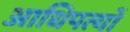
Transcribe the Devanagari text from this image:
आधिपत्यों